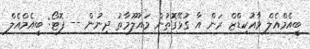
ބީއެމްއެލް ވާއުކިޑްޒް ރަން އާ ގުޅޭގޮތުން މައުލޫމާތު ދިނުން -- ފޮޓޯ: ބީއެމްއެލް